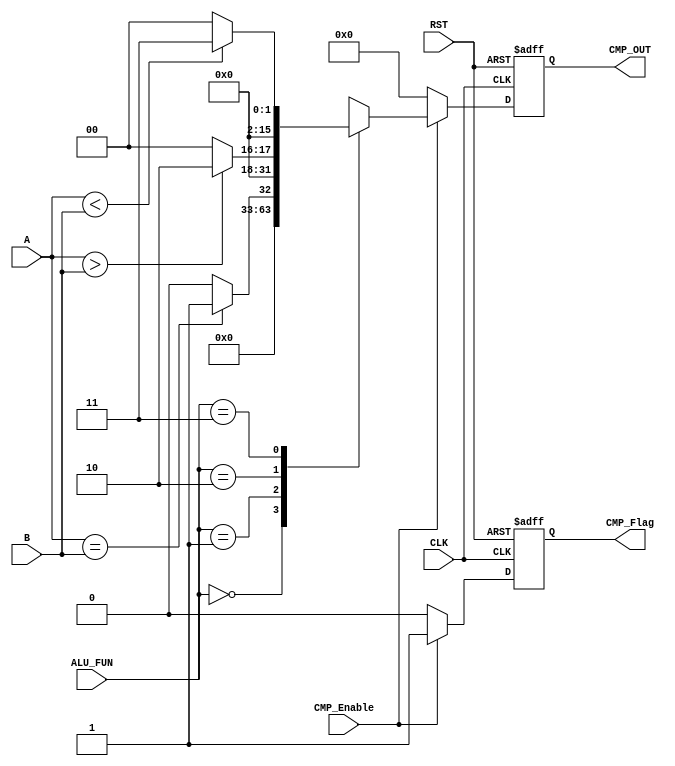
module CMP_Unit #(
    parameter Width = 16
) (
    input wire [7:0]  A,B,
    input wire [1:0]        ALU_FUN,
    input wire              CMP_Enable,CLK,RST,
    output reg [Width-1:0]  CMP_OUT,
    output reg              CMP_Flag
);
    
reg [Width-1:0] CMP_OUT_Comb;

always @(*) 
begin
    CMP_OUT_Comb = 0;
    case (ALU_FUN)
        2'b00: 
            begin
                CMP_OUT_Comb = 0;
            end
        2'b01:
            begin
                CMP_OUT_Comb = (A==B)? 1:0;
            end
        2'b10:
            begin
                CMP_OUT_Comb = (A>B)? 2:0;
            end
        2'b11:
            begin
                CMP_OUT_Comb = (A<B)? 3:0;
            end
        default: CMP_OUT_Comb = 0;
    endcase
end

always @(posedge CLK or negedge RST) 
begin
    if (!RST) 
    begin
        CMP_OUT <= 0;
        CMP_Flag <= 1'b0;
    end
    else if (CMP_Enable)
    begin
        CMP_OUT <= CMP_OUT_Comb;
        CMP_Flag <= 1'b1;
    end
    else
    begin
        CMP_OUT <= 0;
        CMP_Flag <= 1'b0;
    end    


end

endmodule